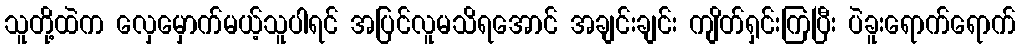
သူတို့ထဲက လှေမှောက်မယ့်သူပါရင် အပြင်လူမသိရအောင် အချင်းချင်း ကျိတ်ရှင်းကြပြီး ပဲခူးရောက်ရောက်